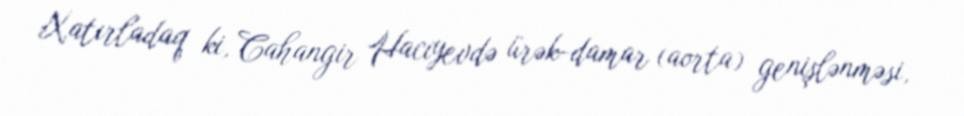
Xatırladaq ki, Cahangir Hacıyevdə ürək-damar (aorta) genişlənməsi,